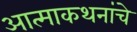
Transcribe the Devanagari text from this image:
आत्माकथनांचे